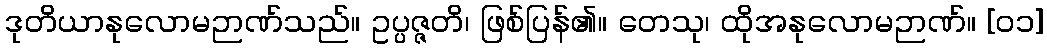
ဒုတိယာနုလောမဉာဏ်သည်။ ဥပ္ပဇ္ဇတိ၊ ဖြစ်ပြန်၏။ တေသု၊ ထိုအနုလောမဉာဏ်။ [၀၁]